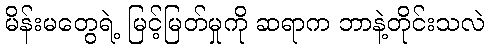
မိန်းမတွေရဲ့ မြင့်မြတ်မှုကို ဆရာက ဘာနဲ့တိုင်းသလဲ